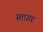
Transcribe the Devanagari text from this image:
स्ताग़र